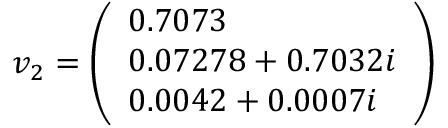
v _ { 2 } = { \left( \begin{array} { l } { 0 . 7 0 7 3 } \\ { 0 . 0 7 2 7 8 + 0 . 7 0 3 2 i } \\ { 0 . 0 0 4 2 + 0 . 0 0 0 7 i } \end{array} \right) }